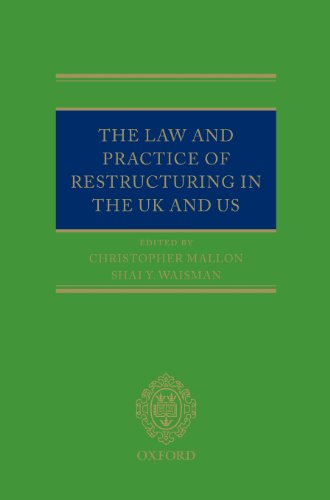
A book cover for The Law and Practice of Restructuring in the UK and US; Chris Mallon; Law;